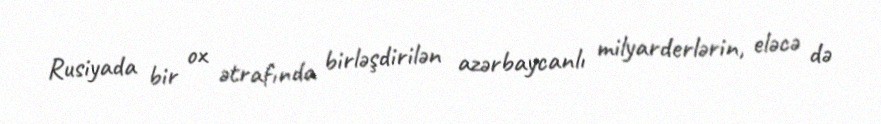
Rusiyada bir ox ətrafında birləşdirilən azərbaycanlı milyarderlərin, eləcə də